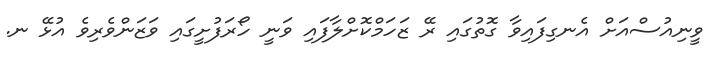
ވީނިއުސްއަށް އެނގިފައިވާ ގޮތުގައި ރޭ ޒަހަމްކޮށްލާފައި ވަނީ ހޯރަފުށީގައި ވަޒަންވެރިވެ އުޅޭ ނ.